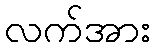
လက်အား